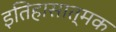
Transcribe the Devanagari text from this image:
इतिहासात्मक